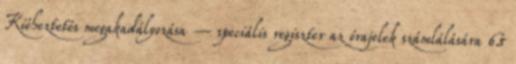
Kiéheztetés megakadályozása – speciális regiszter az órajelek számlálására 65